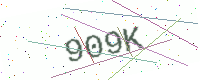
Text: 909K